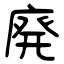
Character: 廃